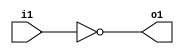
module not1(input i1, output o1);
  reg o1;
  always @(i1) begin
    o1 = !i1;
  end
endmodule